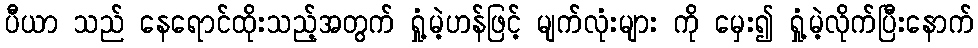
ပီယာ သည် နေရောင်ထိုးသည့်အတွက် ရှုံ့မဲ့ဟန်ဖြင့် မျက်လုံးများ ကို မှေး၍ ရှုံ့မဲ့လိုက်ပြီးနောက်